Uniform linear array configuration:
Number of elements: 24
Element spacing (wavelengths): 0.25
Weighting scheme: exponential
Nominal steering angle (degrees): -60
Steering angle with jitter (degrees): -60.556
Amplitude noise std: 0.05
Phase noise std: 0.05

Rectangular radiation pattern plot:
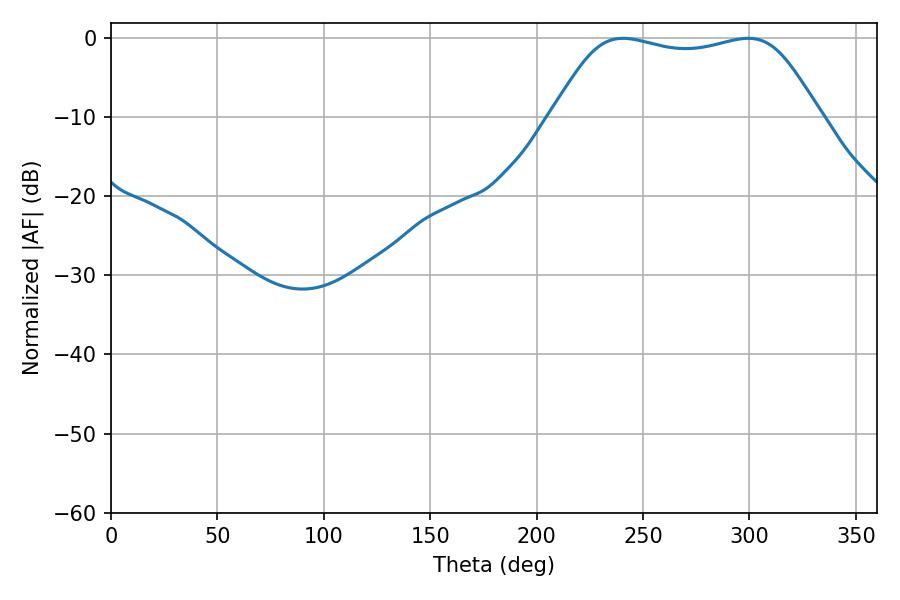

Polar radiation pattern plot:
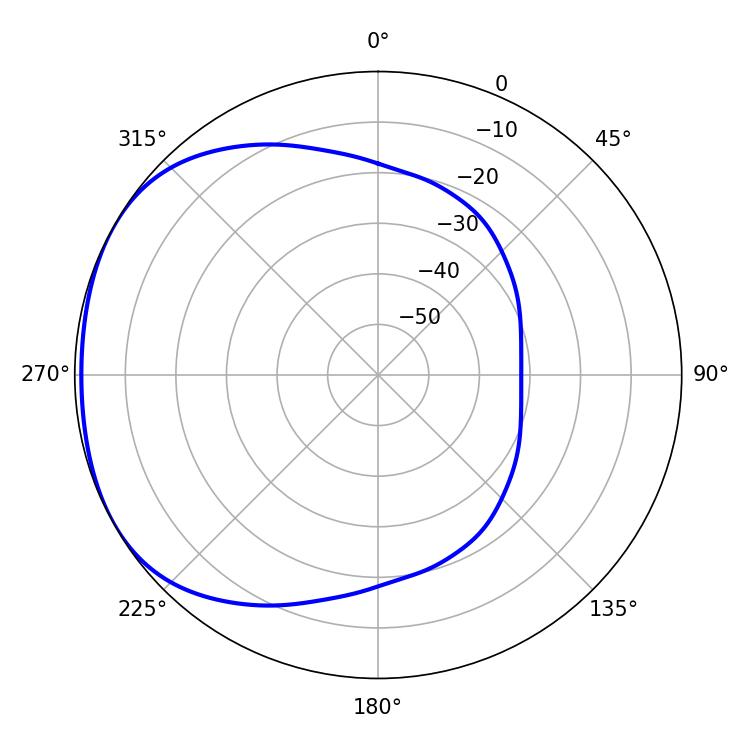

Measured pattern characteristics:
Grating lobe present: FALSE
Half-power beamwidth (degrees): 96.12
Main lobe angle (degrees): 240.66